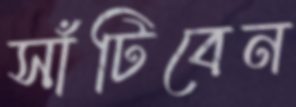
সাঁটিবেন